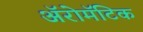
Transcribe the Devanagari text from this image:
अॅरोमॅटिक